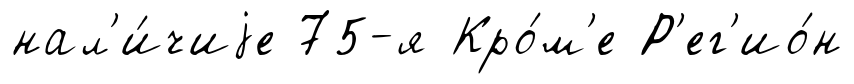
нал'и́чиjе 75-я Кро́м'е Р'ег'ио́н